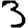
Digit: 3